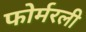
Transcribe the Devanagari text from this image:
फोर्मरली